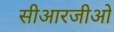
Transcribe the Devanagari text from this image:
सीआरजीओ